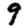
Digit: 9